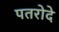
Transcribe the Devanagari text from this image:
पतरोदे